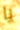
يا